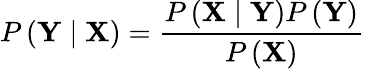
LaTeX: P\left(\mathbf{Y}\mid\mathbf{X}\right)=\frac{P\left(\mathbf{X}\mid\mathbf{Y}\right)P\left(\mathbf{Y}\right)}{P\left(\mathbf{X}\right)}